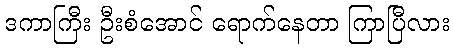
ဒကာကြီး ဦးစံအောင် ရောက်နေတာ ကြာပြီလား